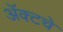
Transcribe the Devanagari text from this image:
ॲक्टचे